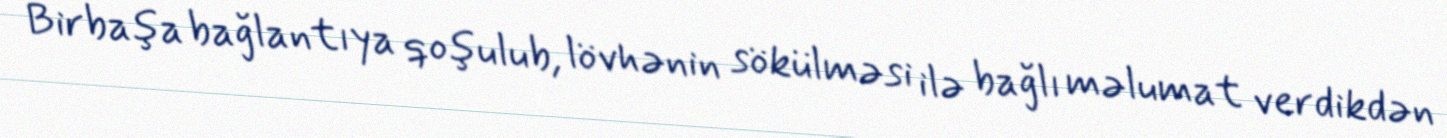
Birbaşa bağlantıya qoşulub, lövhənin sökülməsi ilə bağlı məlumat verdikdən